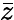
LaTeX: \bar{z}